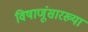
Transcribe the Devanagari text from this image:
विषाणूंसारख्या